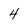
Character: 4